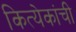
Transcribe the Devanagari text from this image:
कित्येकांची